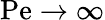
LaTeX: \mathrm{Pe}\to\infty